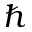
\hslash